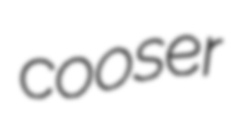
cooser